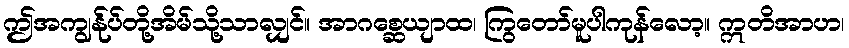
ဤအကျွန်ုပ်တို့အိမ်သို့သာလျှင်။ အာဂစ္ဆေယျာထ၊ ကြွတော်မူပါကုန်လော့။ ဣတိအာဟ၊